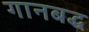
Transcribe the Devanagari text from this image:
गानबद्ध